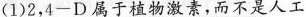
(1)2，4-D属于植物激素，而不是人工